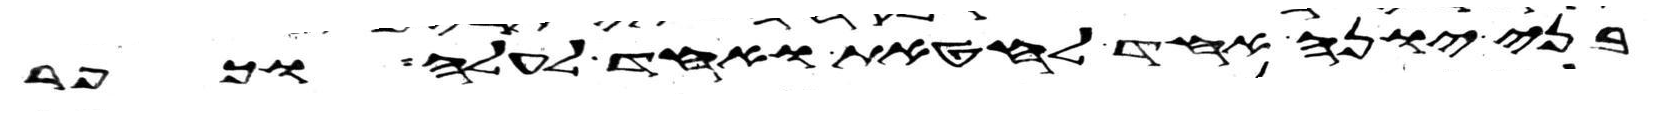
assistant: בני יונה אחד לחטאת ואחד לעלה וכפר